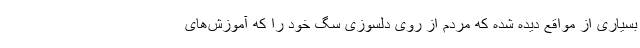
بسیاری از مواقع دیده شده که مردم از روی دلسوزی سگ خود را که آموزش‌های